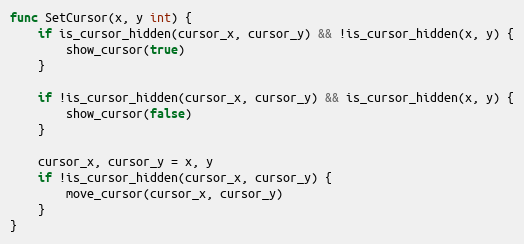
Language: Go
func SetCursor(x, y int) {
	if is_cursor_hidden(cursor_x, cursor_y) && !is_cursor_hidden(x, y) {
		show_cursor(true)
	}

	if !is_cursor_hidden(cursor_x, cursor_y) && is_cursor_hidden(x, y) {
		show_cursor(false)
	}

	cursor_x, cursor_y = x, y
	if !is_cursor_hidden(cursor_x, cursor_y) {
		move_cursor(cursor_x, cursor_y)
	}
}